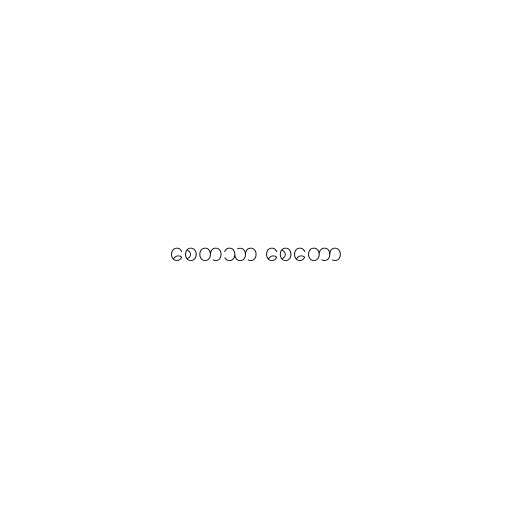
စေတသာ စေတော